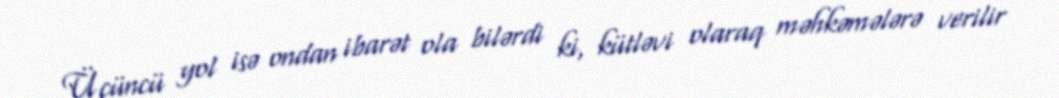
Üçüncü yol isə ondan ibarət ola bilərdi ki, kütləvi olaraq məhkəmələrə verilir